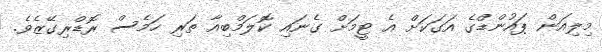
މިލިއަން ޕައުންޑްގެ އަގަކަށް އެ ޓީމަށް ގެނައި ކޮލަމްބިއާ ތަރި ހަމެސް ރޮޑްރިގޭޒެވެ.